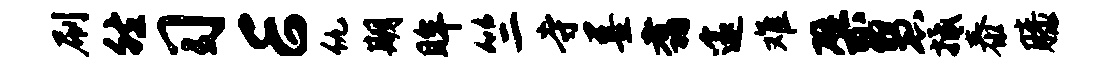
刷然习E仇期眸竺寺墨翥邃难檗慧抵泰膝